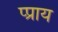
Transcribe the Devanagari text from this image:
प्प्राय